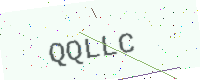
Text: QQLLC